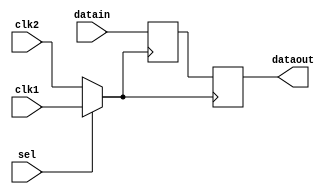
`timescale 1ns/1ps
module top( input clk1,clk2,datain,sel,
                    output dataout);

reg a,b;

wire clkout1,clkout2;

always@(posedge clkout1)
begin
    a <= datain;
end

always@(posedge clkout2)
begin
       b <= a;
end


assign clkout1 = (sel)? clk1:clk2;
assign clkout2 = (~sel)? clk2:clk1;
assign dataout = b;
endmodule